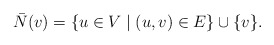
\begin{align*}\bar{N}(v) = \{u\in V\mid (u,v)\in E\} \cup \{v\}.\end{align*}